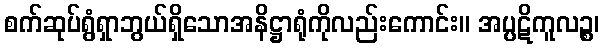
စက်ဆုပ်ရွံရှာဘွယ်ရှိသောအနိဋ္ဌာရုံကိုလည်းကောင်း။ အပ္ပဋိကူလဉ္စ၊